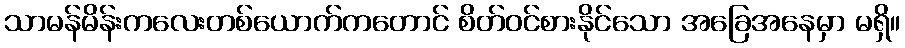
သာမန်မိန်းကလေးတစ်ယောက်ကတောင် စိတ်ဝင်စားနိုင်သော အခြေအနေမှာ မရှိ။